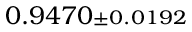
0 . 9 4 7 0 { \scriptstyle \pm 0 . 0 1 9 2 }